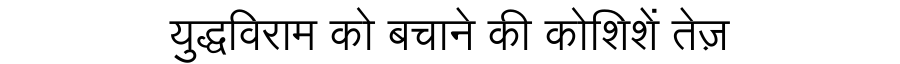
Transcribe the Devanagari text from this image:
युद्धविराम को बचाने की कोशिशें तेज़